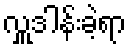
လှူဒါန်းခဲ့ရာ